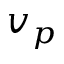
v _ { p }